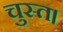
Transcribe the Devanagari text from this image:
चुस्त।